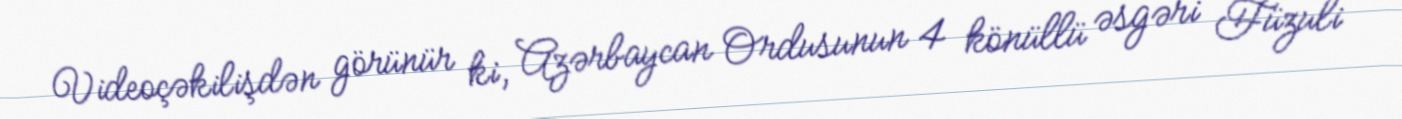
Videoçəkilişdən görünür ki, Azərbaycan Ordusunun 4 könüllü əsgəri Füzuli